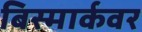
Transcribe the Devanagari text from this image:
बिस्मार्कवर